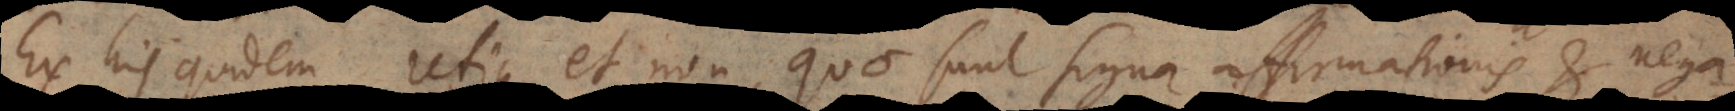
Ex his quidem utique et non, quae sunt signa affirmationis et nega